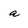
Character: a